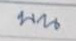
บน